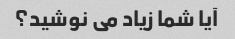
آیا شما زیاد می نوشید؟